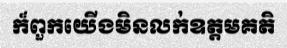
ក៏ពួកយើងមិនលក់ឧត្តមគតិ